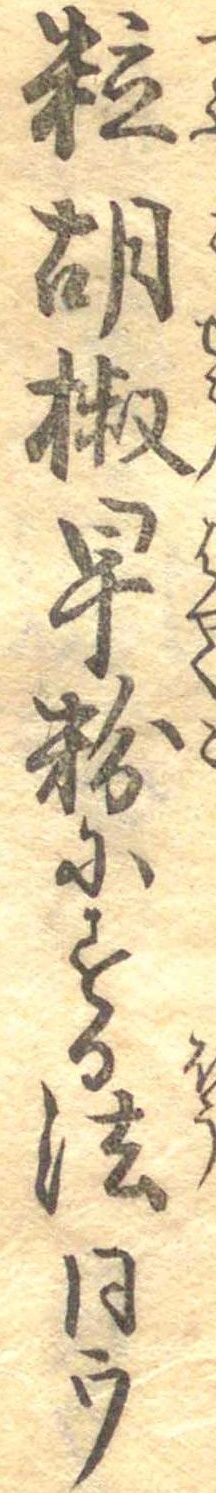
粒胡椒早粉にする法同ウ